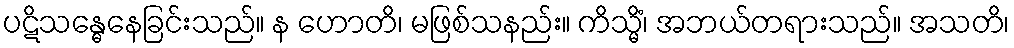
ပဋိသန္ဓေနေခြင်းသည်။ န ဟောတိ၊ မဖြစ်သနည်း။ ကိသ္မိံ၊ အဘယ်တရားသည်။ အသတိ၊